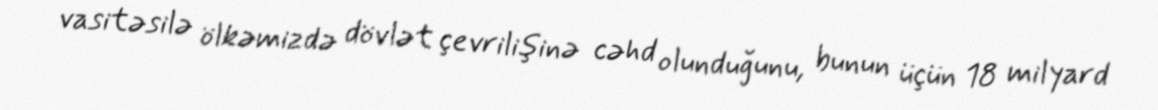
vasitəsilə ölkəmizdə dövlət çevrilişinə cəhd olunduğunu, bunun üçün 18 milyard